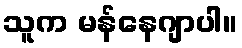
သူက မန်နေဂျာပါ။